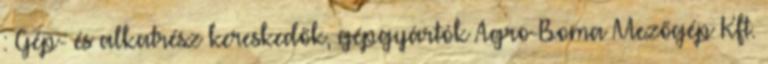
: Gép- és alkatrész kereskedők, gépgyártók Agro-Boma Mezőgép Kft.